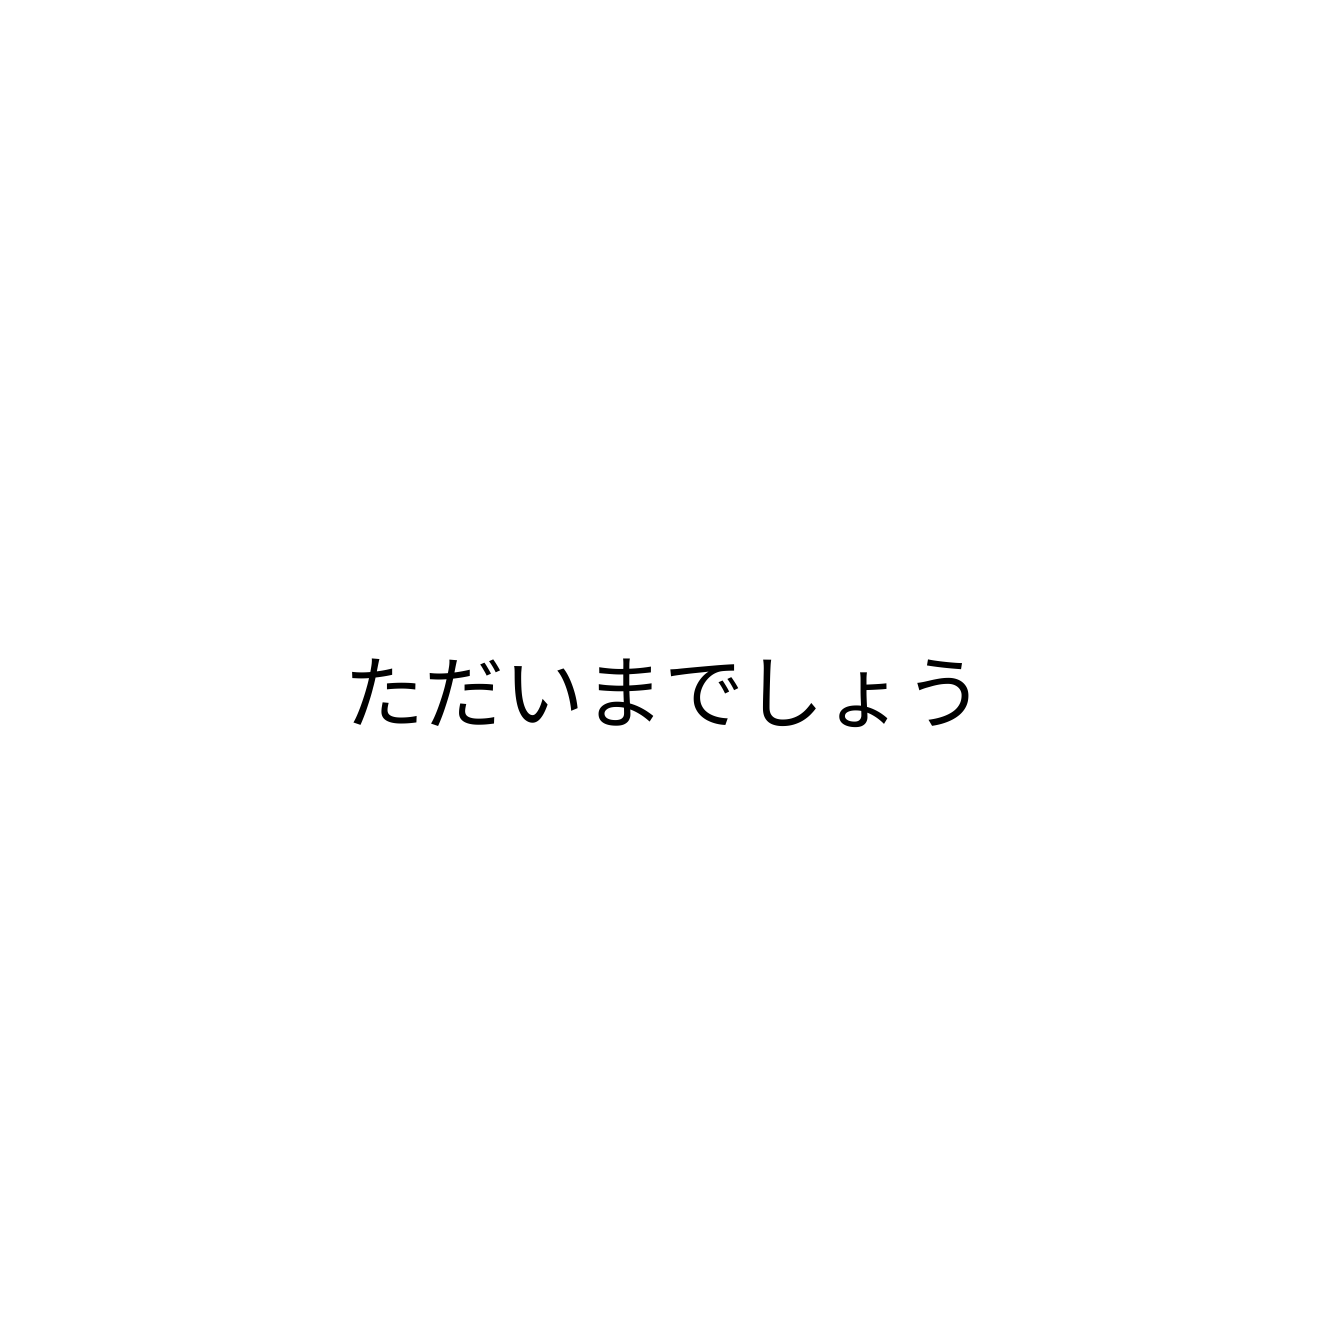
ただいまでしょう